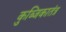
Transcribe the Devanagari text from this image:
कुब्जिकातंत्र